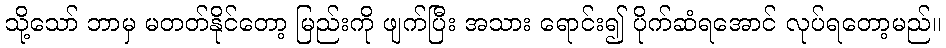
သို့သော် ဘာမှ မတတ်နိုင်တော့ မြည်းကို ဖျက်ပြီး အသား ရောင်း၍ ပိုက်ဆံရအောင် လုပ်ရတော့မည်။